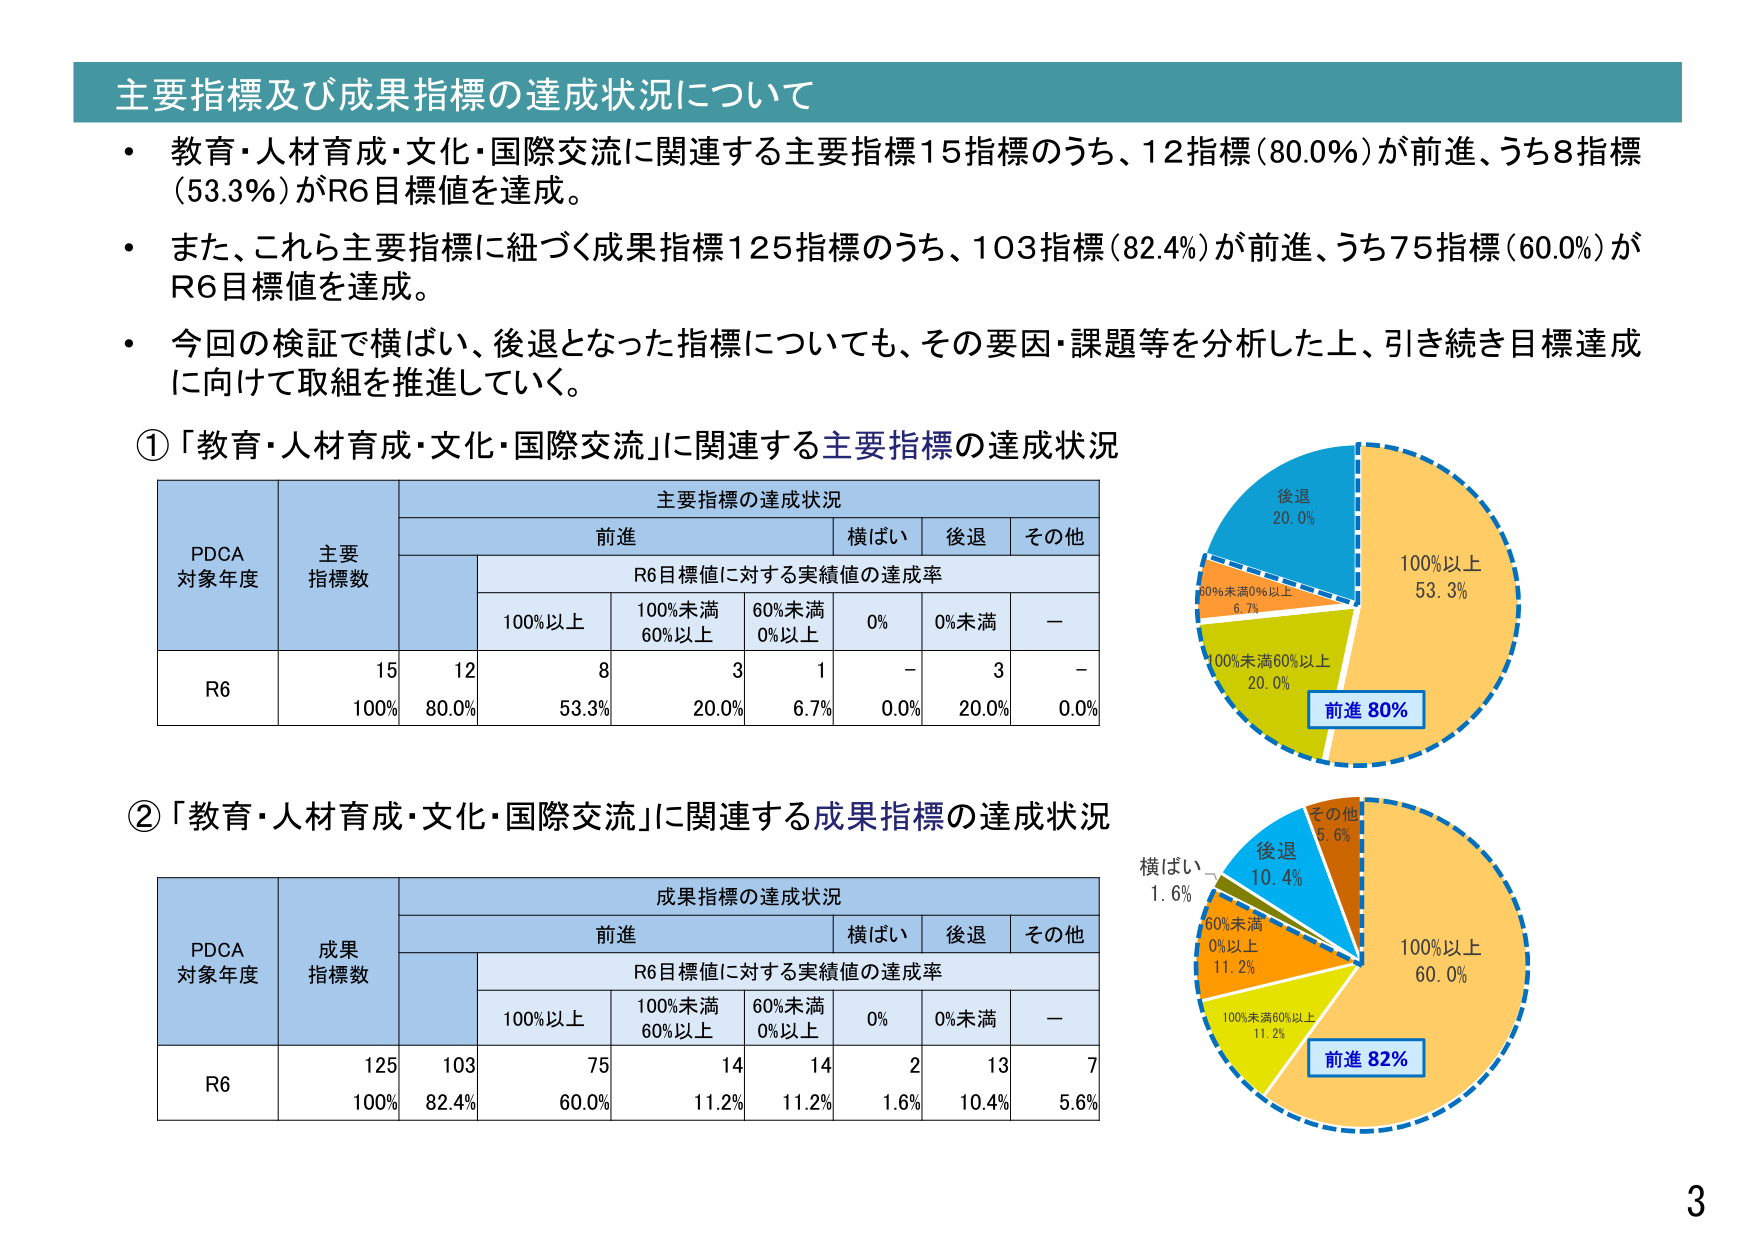
主要指標及び成果指標の達成状況について
・ 教育・人材育成・文化・国際交流に関連する主要指標15指標のうち、12指標（80.0%）が前進、うち8指標（53.3%）がR6目標値を達成。
・ また、これら主要指標に紐づく成果指標125指標のうち、103指標（82.4%）が前進、うち75指標（60.0%）がR6目標値を達成。
・ 今回の検証で横ばい、後退となった指標についても、その要因・課題等を分析した上、引き続き目標達成に向けて取組を推進していく。

①「教育・人材育成・文化・国際交流」に関連する主要指標の達成状況
主要指標の達成状況
PDCA
対象年度
主要
指標数
前進
横ばい
後退
その他
R6目標値に対する実績値の達成率
100%以上
100%未満
60%以上
60%未満
0%以上
0%
0%未満
ー
R6
15
12
8
3
1
－
3
－
100%
80.0%
53.3%
20.0%
6.7%
0.0%
20.0%
0.0%
前進 80%
100%以上
53.3%
後退
20.0%
100%未満60%以上
20.0%
60%未満0%以上
6.7%

②「教育・人材育成・文化・国際交流」に関連する成果指標の達成状況
成果指標の達成状況
PDCA
対象年度
成果
指標数
前進
横ばい
後退
その他
R6目標値に対する実績値の達成率
100%以上
100%未満
60%以上
60%未満
0%以上
0%
0%未満
ー
R6
125
103
75
14
14
2
13
7
100%
82.4%
60.0%
11.2%
11.2%
1.6%
10.4%
5.6%
前進 82%
100%以上
60.0%
後退
10.4%
その他
5.6%
横ばい
1.6%
60%未満
0%以上
11.2%
100%未満60%以上
11.2%

3